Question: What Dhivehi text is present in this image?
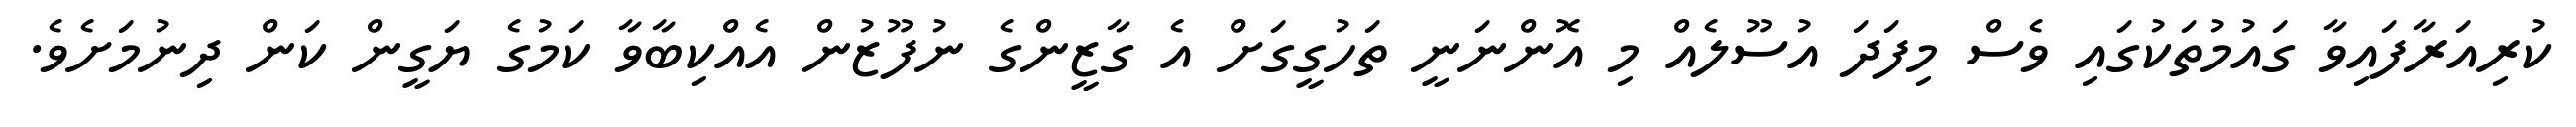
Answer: ކުރިއަރާފައިވާ ގައުމުތަކުގައި ވެސް މިފަދަ އުސޫލެއް މި އޮންނަނީ ތަހުގީގަށް އެ ގާޒީންގެ ނުފޫޒުން އެއްކިބާވާ ކަމުގެ ޔަގީން ކަން ދިނުމަށެވެ.